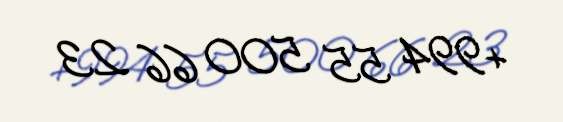
+994 55 500 66 23